Language: tamil
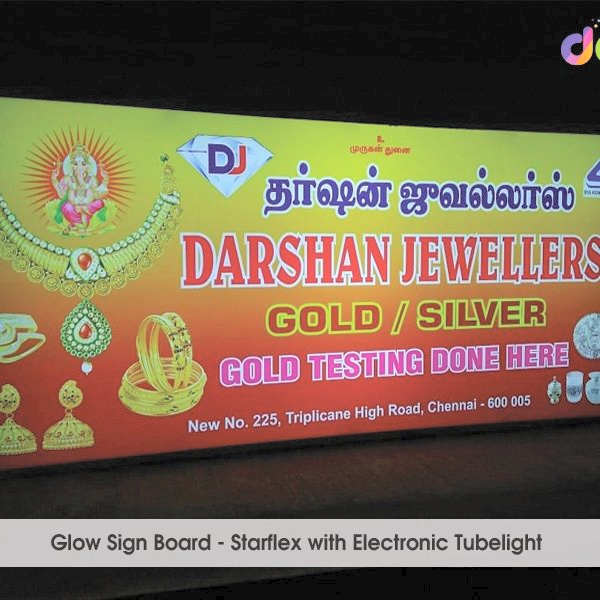
Transcription: தா்ஷன் ஜுவல்லா்ஸ் முருகன் துனை